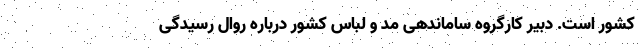
کشور است. دبیر کارگروه ساماندهی مد و لباس کشور درباره روال رسیدگی